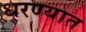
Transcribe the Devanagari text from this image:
धरण्‍यात